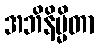
အဘိနိမ္မိတာ